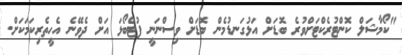
"ކޯމާޝަލް ކޮންޓުރެކްޓަށްވުރެ ބޮޑަށް އަޅުގަނޑުމެން ބޮޑަށް ވިސްނަނީ ފުޓްބޯޅަ އަށް ދެވޭނެ އެހީތެރިކަމަކަށް.